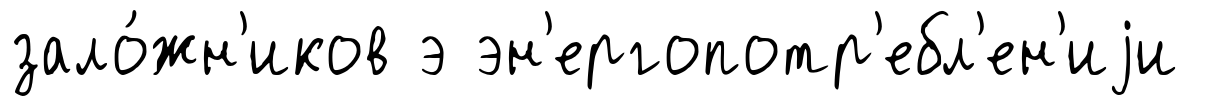
зало́жн'иков э эн'ергопотр'ебл'ен'иjи